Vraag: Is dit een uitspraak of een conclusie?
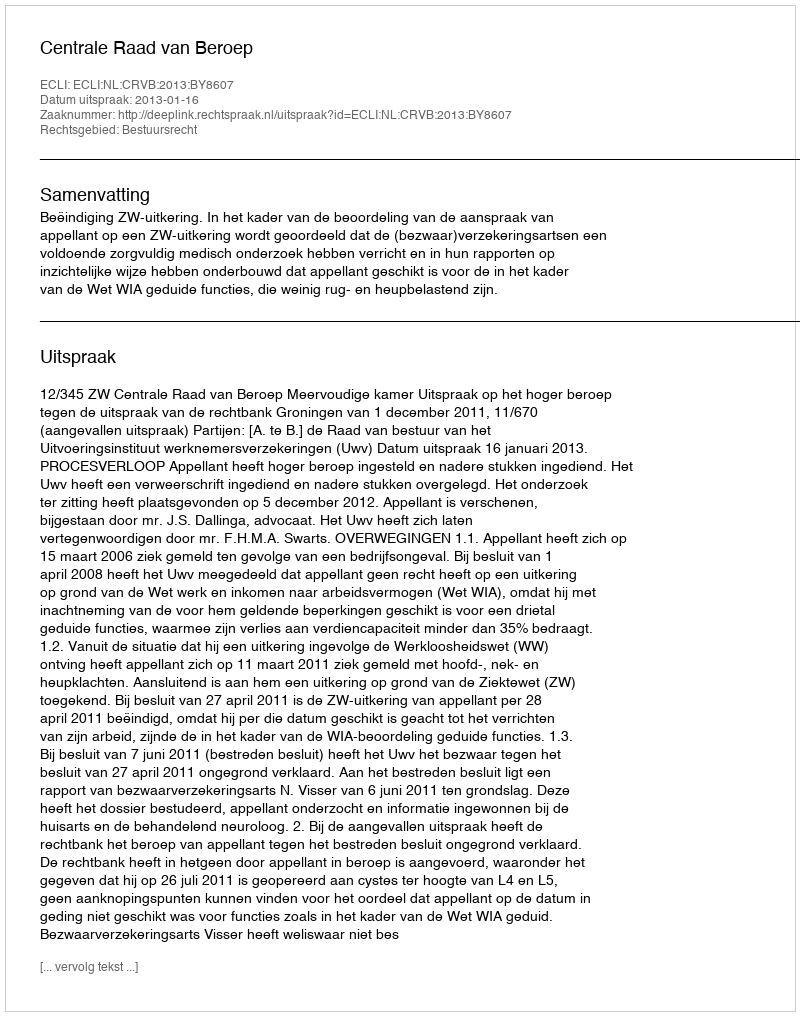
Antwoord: Uitspraak